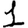
Digit: 1